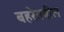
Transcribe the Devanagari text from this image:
बहरेतबील